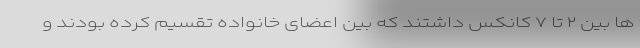
ها بین ۲ تا ۷ کانکس داشتند که بین اعضای خانواده تقسیم کرده بودند و